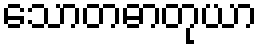
သောတဓာတုယာ